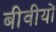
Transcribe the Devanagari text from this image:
बीवीयों